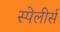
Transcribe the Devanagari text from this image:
स्पेलीर्स